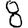
Digit: 8